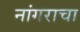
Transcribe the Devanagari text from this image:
नांगराचा